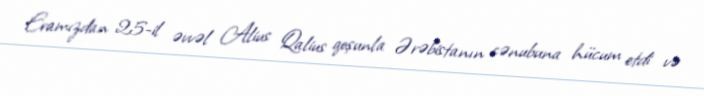
Eramızdan 25-il əvvəl Alius Qalius qoşunla Ərəbistanın cənubuna hücum etdi və